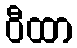
ဝီထာ